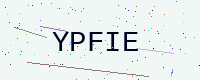
Text: YPFIE